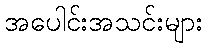
အပေါင်းအသင်းများ